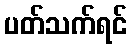
ပတ်သက်ရင်